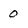
Character: 0